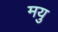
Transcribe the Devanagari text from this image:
मयु